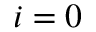
i = 0